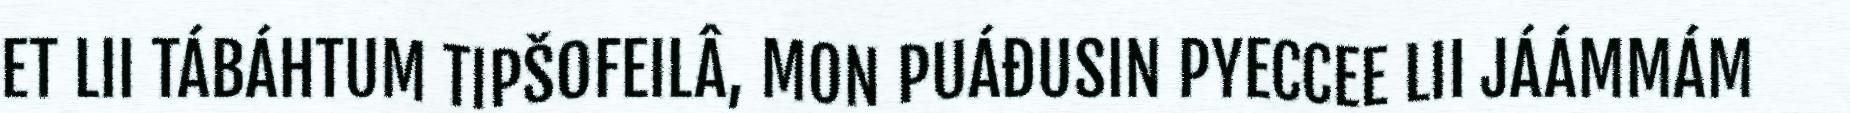
ET LII TÁBÁHTUM TIPŠOFEILÂ, MON PUÁĐUSIN PYECCEE LII JÁÁMMÁM